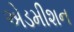
એડમીશન